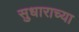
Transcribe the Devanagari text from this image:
सुधाराच्या